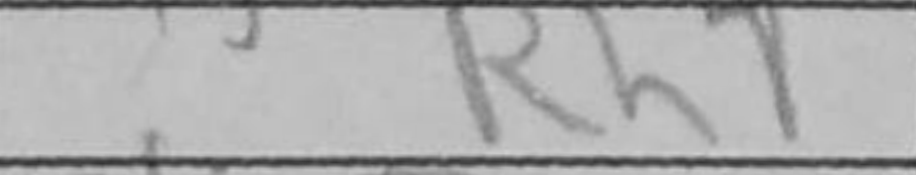
Transcription: Rh7